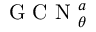
\mathrm { ~ G ~ C ~ N ~ } _ { \theta } ^ { a }